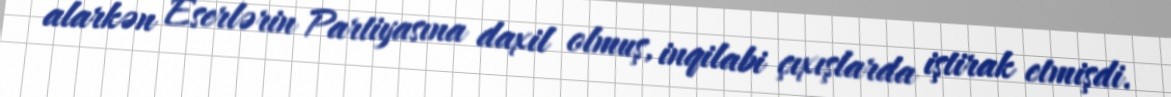
alarkən Eserlərin Partiyasına daxil olmuş, inqilabi çıxışlarda iştirak etmişdi.